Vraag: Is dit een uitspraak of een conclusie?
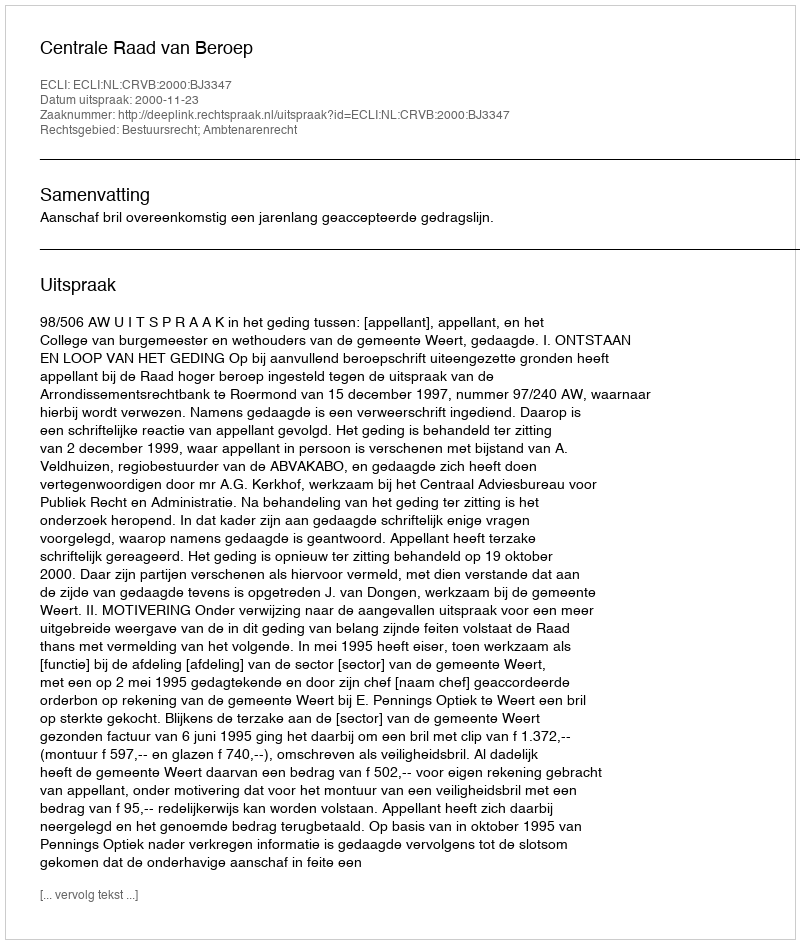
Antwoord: Uitspraak